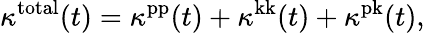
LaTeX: \kappa^{\mathrm{total}}(t)=\kappa^{\mathrm{pp}}(t)+\kappa^{\mathrm{kk}}(t)+\kappa^{\mathrm{pk}}(t),